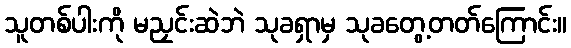
သူတစ်ပါးကို မညှင်းဆဲဘဲ သုခရှာမှ သုခတွေ့တတ်ကြောင်း။